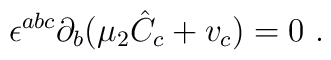
\epsilon^{abc}\partial_b(\mu_2 {\hat C}_c+v_c)=0\ .